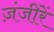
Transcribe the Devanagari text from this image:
ज़ंजीरें